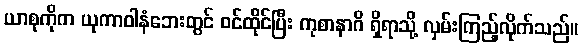
ယာစုကိုက ယုကာဝါနံဘေးတွင် ဝင်ထိုင်ပြီး ကုစာနာဂိ ရှိရာသို့ လှမ်းကြည့်လိုက်သည်။